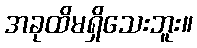
အခုထိမရှိသေးဘူး။